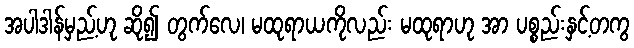
အပါဒါန်မှည့်ဟု ဆို၍ တွက်လေ၊ မထုရာယကိုလည်း မထုရာဟု အာ ပစ္စည်းနှင့်တကွ